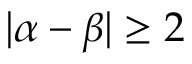
| { \boldsymbol { \alpha } } - { \boldsymbol { \beta } } | \geq 2